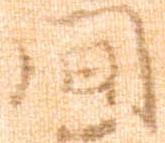
間